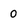
Character: 0